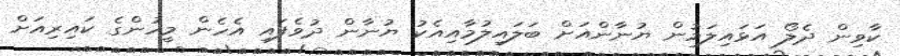
ކާވިން ދެލޯ އަޅައިލަމުން ޔުނާންއަށް ބަލައިލުމާއިއެކު ޔުނާން ދުވެފައި އެހެން މީހުންގެ ކައިރިއަށް